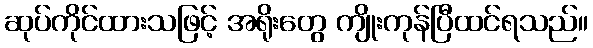
ဆုပ်ကိုင်ထားသဖြင့် အရိုးတွေ ကျိုးကုန်ပြီထင်ရသည်။